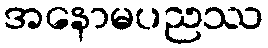
အနောမပညဿ